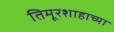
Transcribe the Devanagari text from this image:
तिमूरशाहाच्या